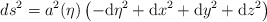
\begin{align*}ds^2= a^2(\eta)\left(-\mathrm{d}\eta^2 + \mathrm{d}x^2 +\mathrm{d}y^2 + \mathrm{d}z^2 \right)\end{align*}